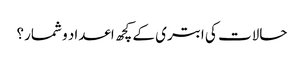
حالات کی ابتری کے کچھ اعداد و شمار؟